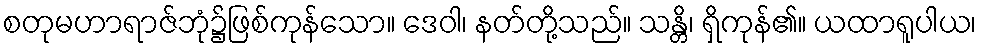
စတုမဟာရာဇ်ဘုံ၌ဖြစ်ကုန်သော။ ဒေဝါ၊ နတ်တို့သည်။ သန္တိ၊ ရှိကုန်၏။ ယထာရူပါယ၊